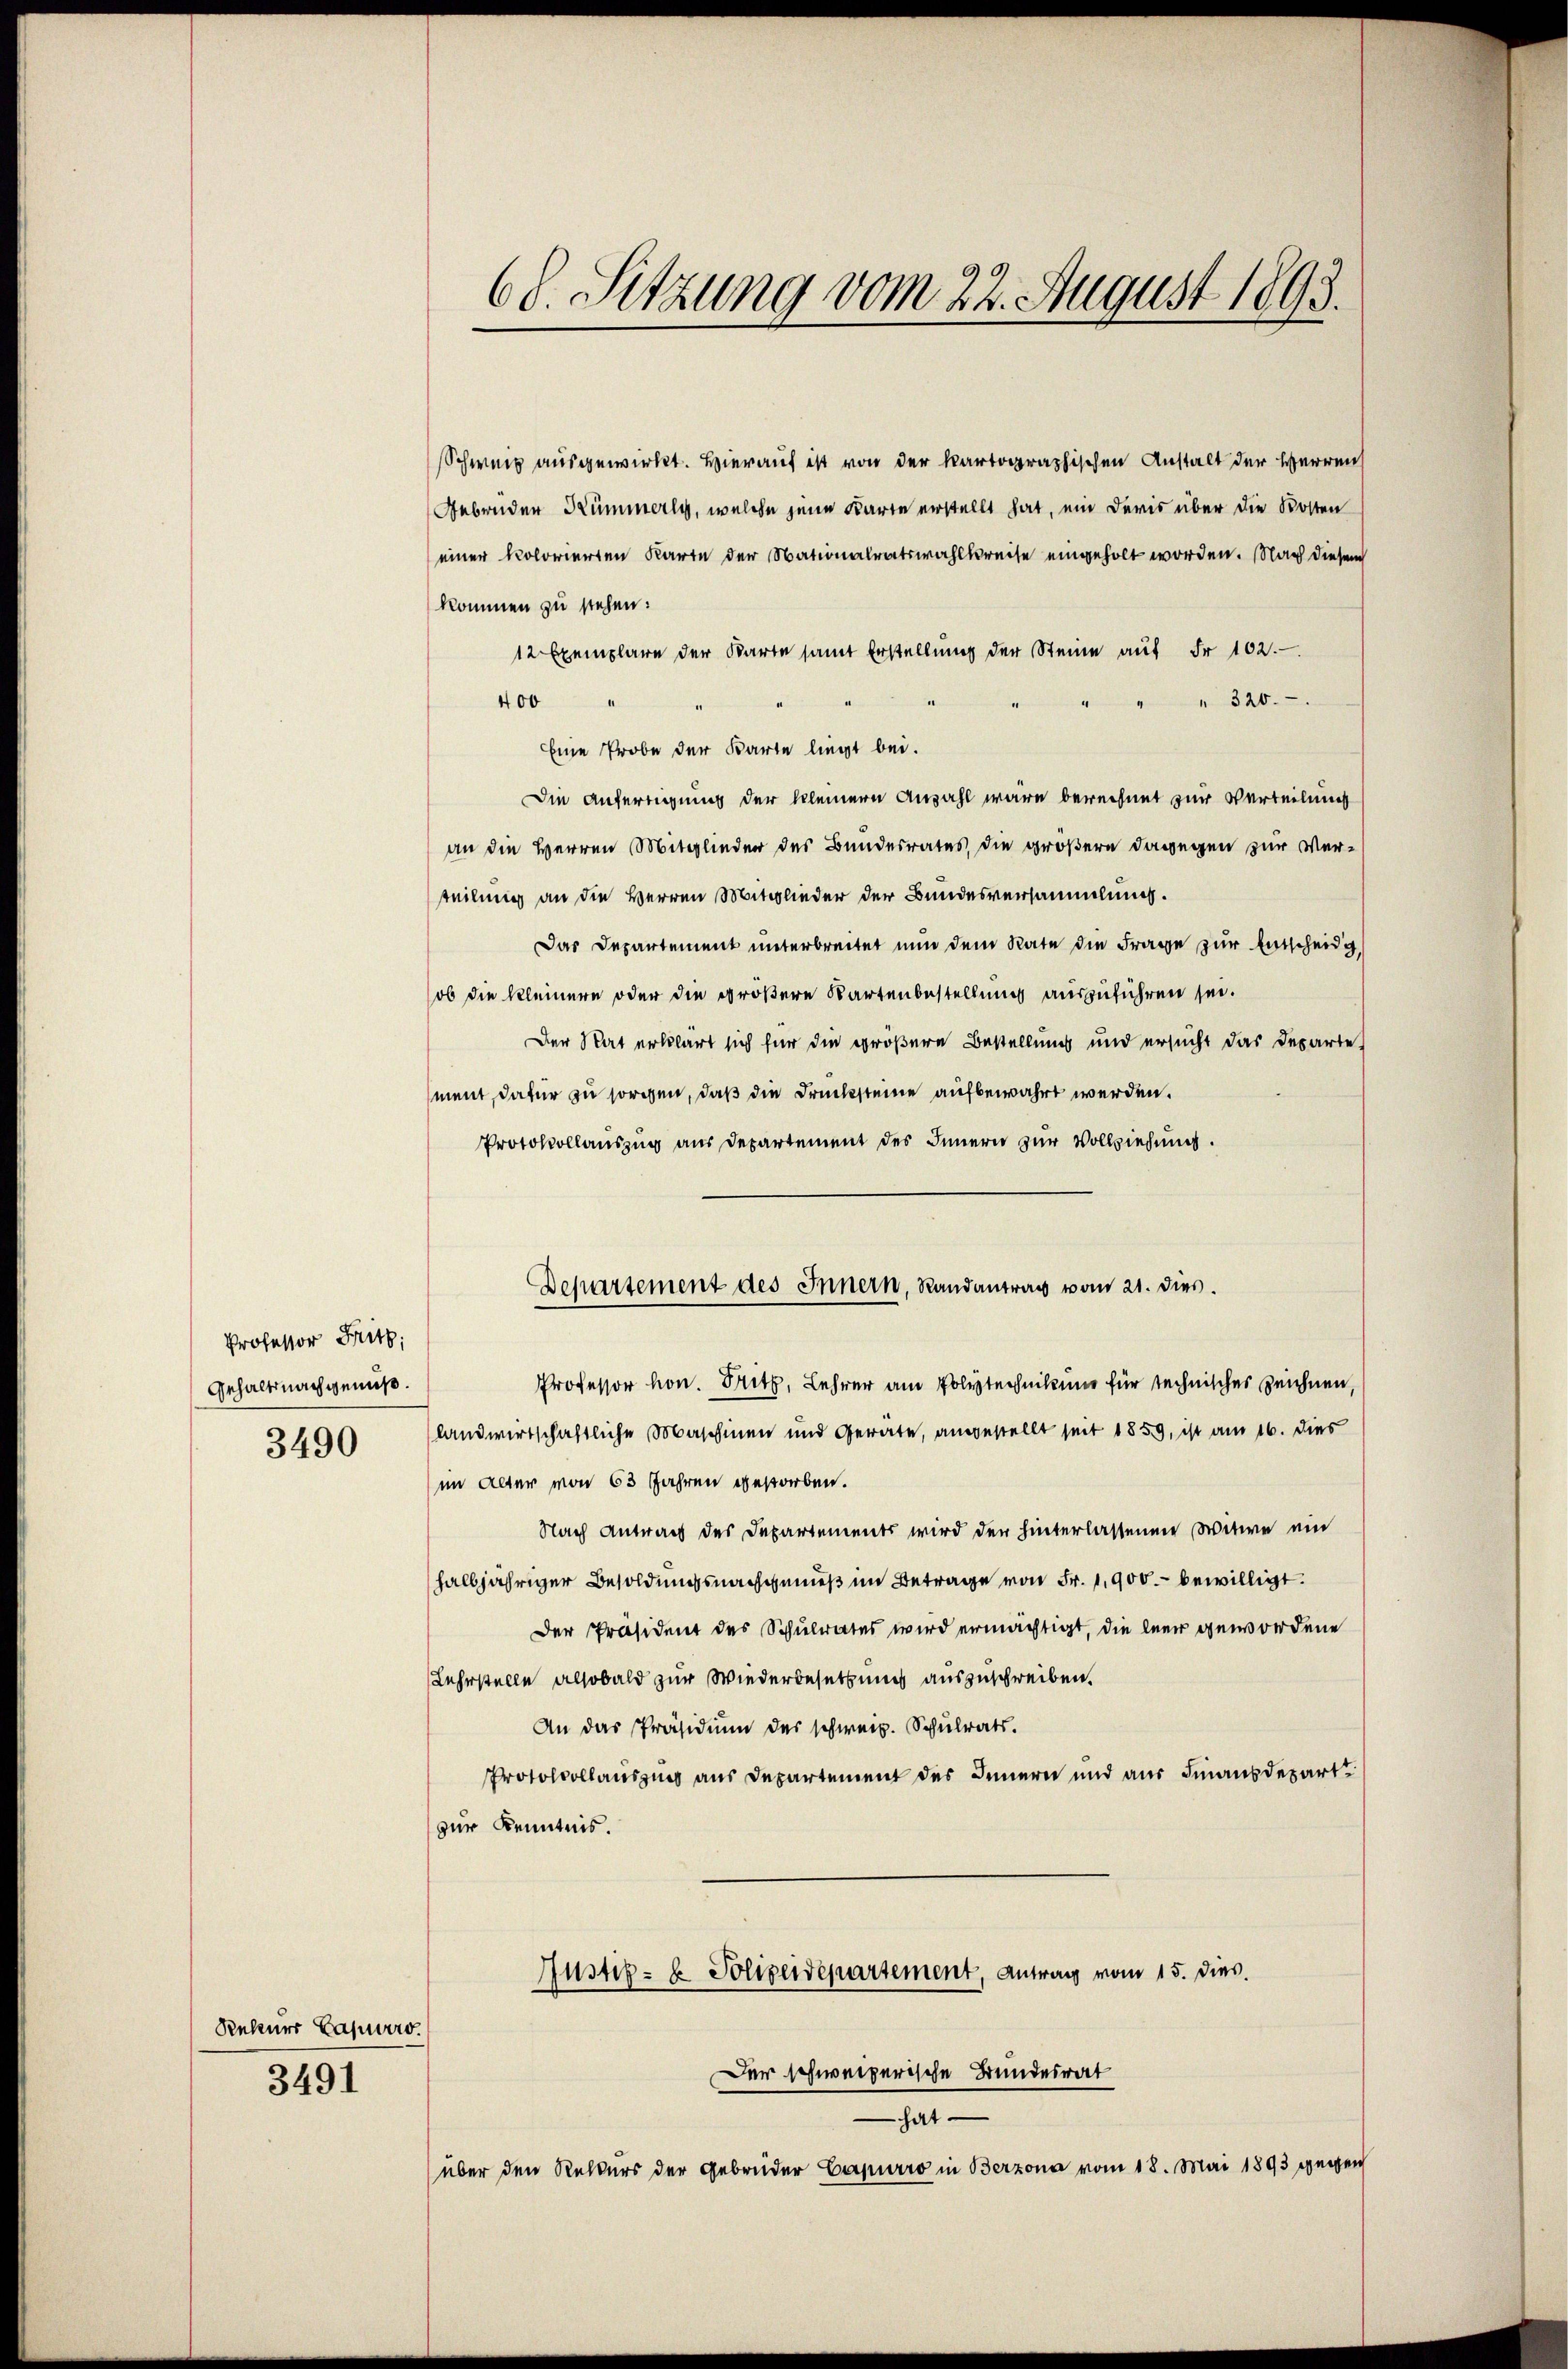
Professor Fritz,
Gehaltsnachgenuß.
3490

Rekurs Capurro
3491

68. Sitzung vom 22. August 1893.

Schweiz ausgewirkt. Hierauf ist von der kartographischen Anstalt der Herren
Gebrüder Rümmerly, welche jene Karte erstellt hat, ein Devis über die Kosten
einer kolorierten Karte der Nationalratswahlkreise eingeholt worden. Nach diesem
kommen zu stehen:
12 Exemplare der Karte samt Erstellŭng der Steine aŭf Fr. 102.
400
 320.
Eine Probe der Karte liegt bei.
Die Anfertigung der kleinere Anzahl wäre berechnet zur Verteilung
an die Herren Mitglieder des Bundesrates, die größere dagegen zur Verteilung an die Herren Mitglieder der Bundesversammlung.
Das Departement unterbreitet nun dem Rate die Frage zur Entscheidg
ob die kleinere oder die größere Kartenbestellung auszuführen sei.
Der Rat erklärt sich für die größere Bestellung und ersucht das Departe,
ment, dafür zu sorgen, daß die Drucksteine aufbewahrt werden.
Protokollauszug aus Departement des Innern zur Vollziehung.
Departement des Innern, Randantrag vom 21. dies.
Professor hon. Fritz, Lehrer am Polytechnikum für technischer Zeichnen,
landwirtschaftliche Maschinen und Geräte, angestellt seit 1859, ist am 16. dies
im Alter von 63 Jahren gestorben.
Nach Antrag des Departements wird der hinterlassenen Witwe ein
halbjähriger Besoldungsnachgemeß im Betrage von Fr. 1,900.- bewilligt.
Der Präsident des Schulrates wird ermächtigt, die leer gewordene
Lehrstelle alsobald zur Wiederbesetzung auszuschreiben.
An das Präsidium des schweiz. Schŭlrats.
Protocollauszung aus Departement des Innern und aus Finanzdepart
zur Kenntnis.

Der schweizerische Bundesrat
hat
über den Rekurs der Gebrüder Capurro in Berzona vom 18. Mai 1893 gegen

Justiz- & Polizeidepartement, Antrag vom 15. dies